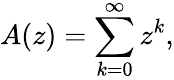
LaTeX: A(z)=\sum_{k=0}^{\infty}z^{k},